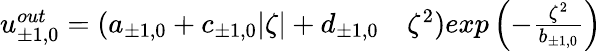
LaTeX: \begin{array}{rl}{u_{\pm 1,0}^{out}=(a_{\pm 1,0}+c_{\pm 1,0}|\zeta|+d_{\pm 1,0}}&{{}\zeta^{2})exp\left(-\frac{\zeta^{2}}{b_{\pm 1,0}}\right)}\end{array}